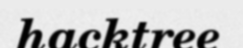
hacktree